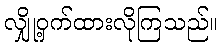
လျှို့ဝှက်ထားလိုကြသည်။